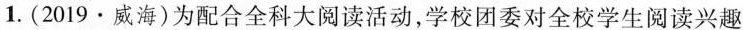
1.(2019·威海)为配合全科大阅读活动，学校团委对全校学生阅读兴趣